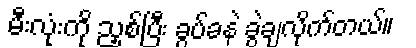
မီးလုံးကို ညှစ်ပြီး ခွပ်ခနဲ ခွဲချလိုက်တယ်။